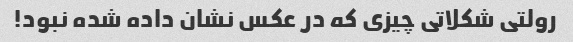
رولتی شکلاتی چیزی که در عکس نشان داده شده نبود!